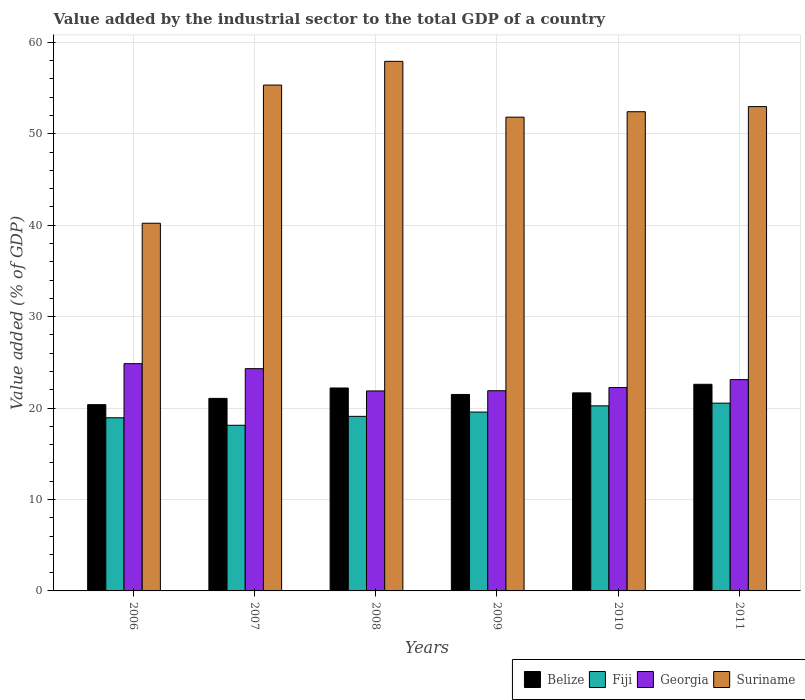
| Years | Belize | Fiji | Georgia | Suriname |
 | --- | --- | --- | --- | --- |
 | 2006 | 20.4 | 18.9 | 24.9 | 40.2 |
 | 2007 | 21.1 | 18.1 | 24.3 | 55.3 |
 | 2008 | 22.2 | 19.1 | 21.9 | 57.9 |
 | 2009 | 21.5 | 19.6 | 21.9 | 51.8 |
 | 2010 | 21.7 | 20.2 | 22.2 | 52.4 |
 | 2011 | 22.6 | 20.5 | 23.1 | 53 |